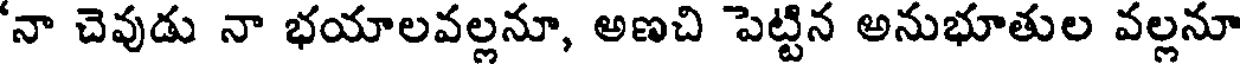
'నా చెవుడు నా భయాలవల్లనూ, అణచి పెట్టిన అనుభూతుల వల్లనూ